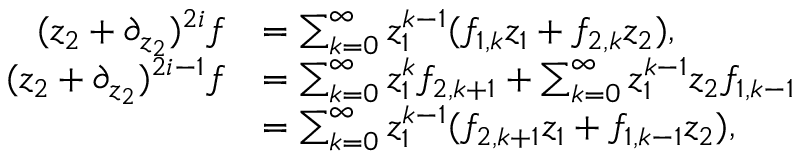
\begin{array} { r l } { ( z _ { 2 } + \partial _ { z _ { 2 } } ) ^ { 2 i } f } & { = \sum _ { k = 0 } ^ { \infty } z _ { 1 } ^ { k - 1 } ( f _ { 1 , k } z _ { 1 } + f _ { 2 , k } z _ { 2 } ) , } \\ { ( z _ { 2 } + \partial _ { z _ { 2 } } ) ^ { 2 i - 1 } f } & { = \sum _ { k = 0 } ^ { \infty } z _ { 1 } ^ { k } f _ { 2 , k + 1 } + \sum _ { k = 0 } ^ { \infty } z _ { 1 } ^ { k - 1 } z _ { 2 } f _ { 1 , k - 1 } } \\ & { = \sum _ { k = 0 } ^ { \infty } z _ { 1 } ^ { k - 1 } ( f _ { 2 , k + 1 } z _ { 1 } + f _ { 1 , k - 1 } z _ { 2 } ) , } \end{array}